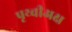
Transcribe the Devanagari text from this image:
पृथ्वीअक्ष